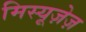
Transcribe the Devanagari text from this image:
मिस्यूज़ेज़